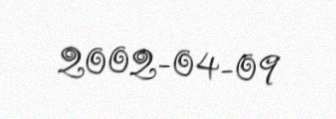
2002-04-09